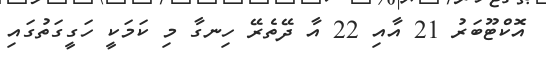
އޮކްޓޫބަރު 21 އާއި 22 އާ ދޭތެރޭ ހިނގާ މި ކަމަކީ ހަގީގަތުގައި